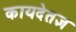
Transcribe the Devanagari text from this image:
कायदेतज्ञ